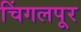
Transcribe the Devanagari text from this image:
चिंगलपूर